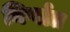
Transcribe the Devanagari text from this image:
निर्णात